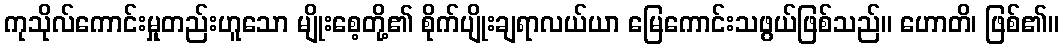
ကုသိုလ်ကောင်းမှုတည်းဟူသော မျိုးစေ့တို့၏ စိုက်ပျိုးချရာလယ်ယာ မြေကောင်းသဖွယ်ဖြစ်သည်။ ဟောတိ၊ ဖြစ်၏။